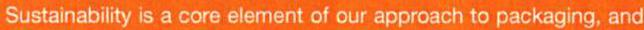
Sustainability is a core elerment of our approach to packaging, and